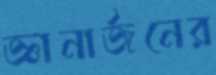
জ্ঞানার্জনের